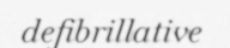
defibrillative